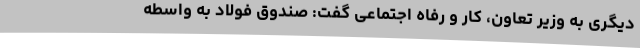
دیگری به وزیر تعاون، کار و رفاه اجتماعی گفت: صندوق فولاد به واسطه